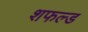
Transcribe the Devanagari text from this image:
शफल्ड